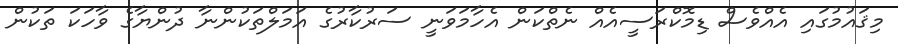
މިޤައުމުގައި އެއްވެސް ޑިމޮކްރަސީއެއް ނެތްކަން އެހާމަވަނީ ސަރުކާރުގެ އަމަލްތަކުންނާ ދުންޔާގެ ވާހަކަ ތަކުން